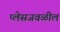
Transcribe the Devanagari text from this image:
प्लेसजवळील